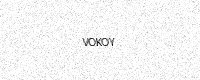
Text: VOKOY